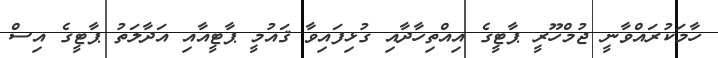
ހާމަކުރައްވާނީ ޖުމްހޫރީ ޕާޓީގެ އިއްތިހާދާއި ގުޅިފައިވާ ޤައުމީ ޕާޓީއާއި އަދާލަތު ޕާޓީގެ އިސް